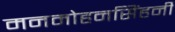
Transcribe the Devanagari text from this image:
मनमोहनसिंहनी